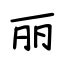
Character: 丽